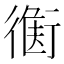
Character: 𧗻